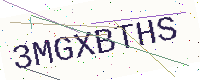
Text: 3MGXBTHS